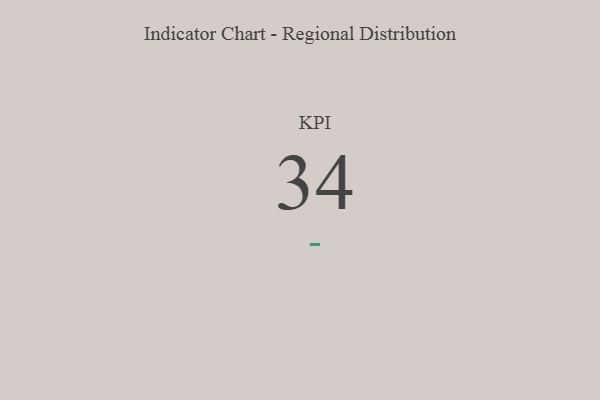
{"axis": {"x": "KPI", "y": "Value"}, "legend": [""], "data": [{"x": "KPI", "y": 34, "type": ""}]}